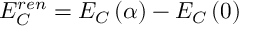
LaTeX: E _ { C } ^ { r e n } = E _ { C } \left( \alpha \right) - E _ { C } \left( 0 \right)